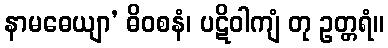
နာမဓေယျာ’ ဓိဝစနံ၊ ပဋိဝါကျံ တု ဥတ္တရံ။